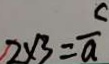
2 \times 3 = \frac { c } { a }